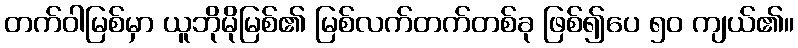
တက်ဝါမြစ်မှာ ယူဘိုမိုမြစ်၏ မြစ်လက်တက်တစ်ခု ဖြစ်၍ပေ ၅၀ ကျယ်၏။